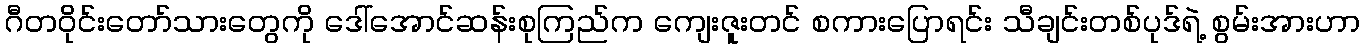
ဂီတဝိုင်းတော်သားတွေကို ဒေါ်အောင်ဆန်းစုကြည်က ကျေးဇူးတင် စကားပြောရင်း သီချင်းတစ်ပုဒ်ရဲ့ စွမ်းအားဟာ